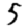
Digit: 5